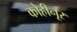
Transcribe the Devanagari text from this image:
कोहीनूर